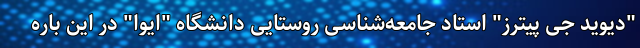
"دیوید جی پیترز" استاد جامعه‌شناسی روستایی دانشگاه "ایوا" در این باره